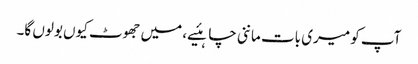
آپ کو میری بات ماننی چاہئیے، میں جھوٹ کیوں بولوں گا۔